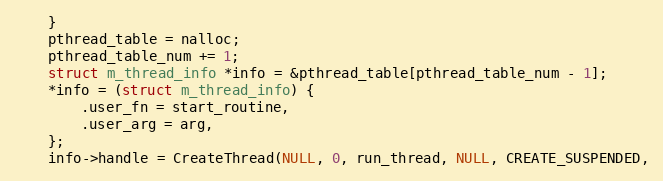
Language: C
    }
    pthread_table = nalloc;
    pthread_table_num += 1;
    struct m_thread_info *info = &pthread_table[pthread_table_num - 1];
    *info = (struct m_thread_info) {
        .user_fn = start_routine,
        .user_arg = arg,
    };
    info->handle = CreateThread(NULL, 0, run_thread, NULL, CREATE_SUSPENDED,